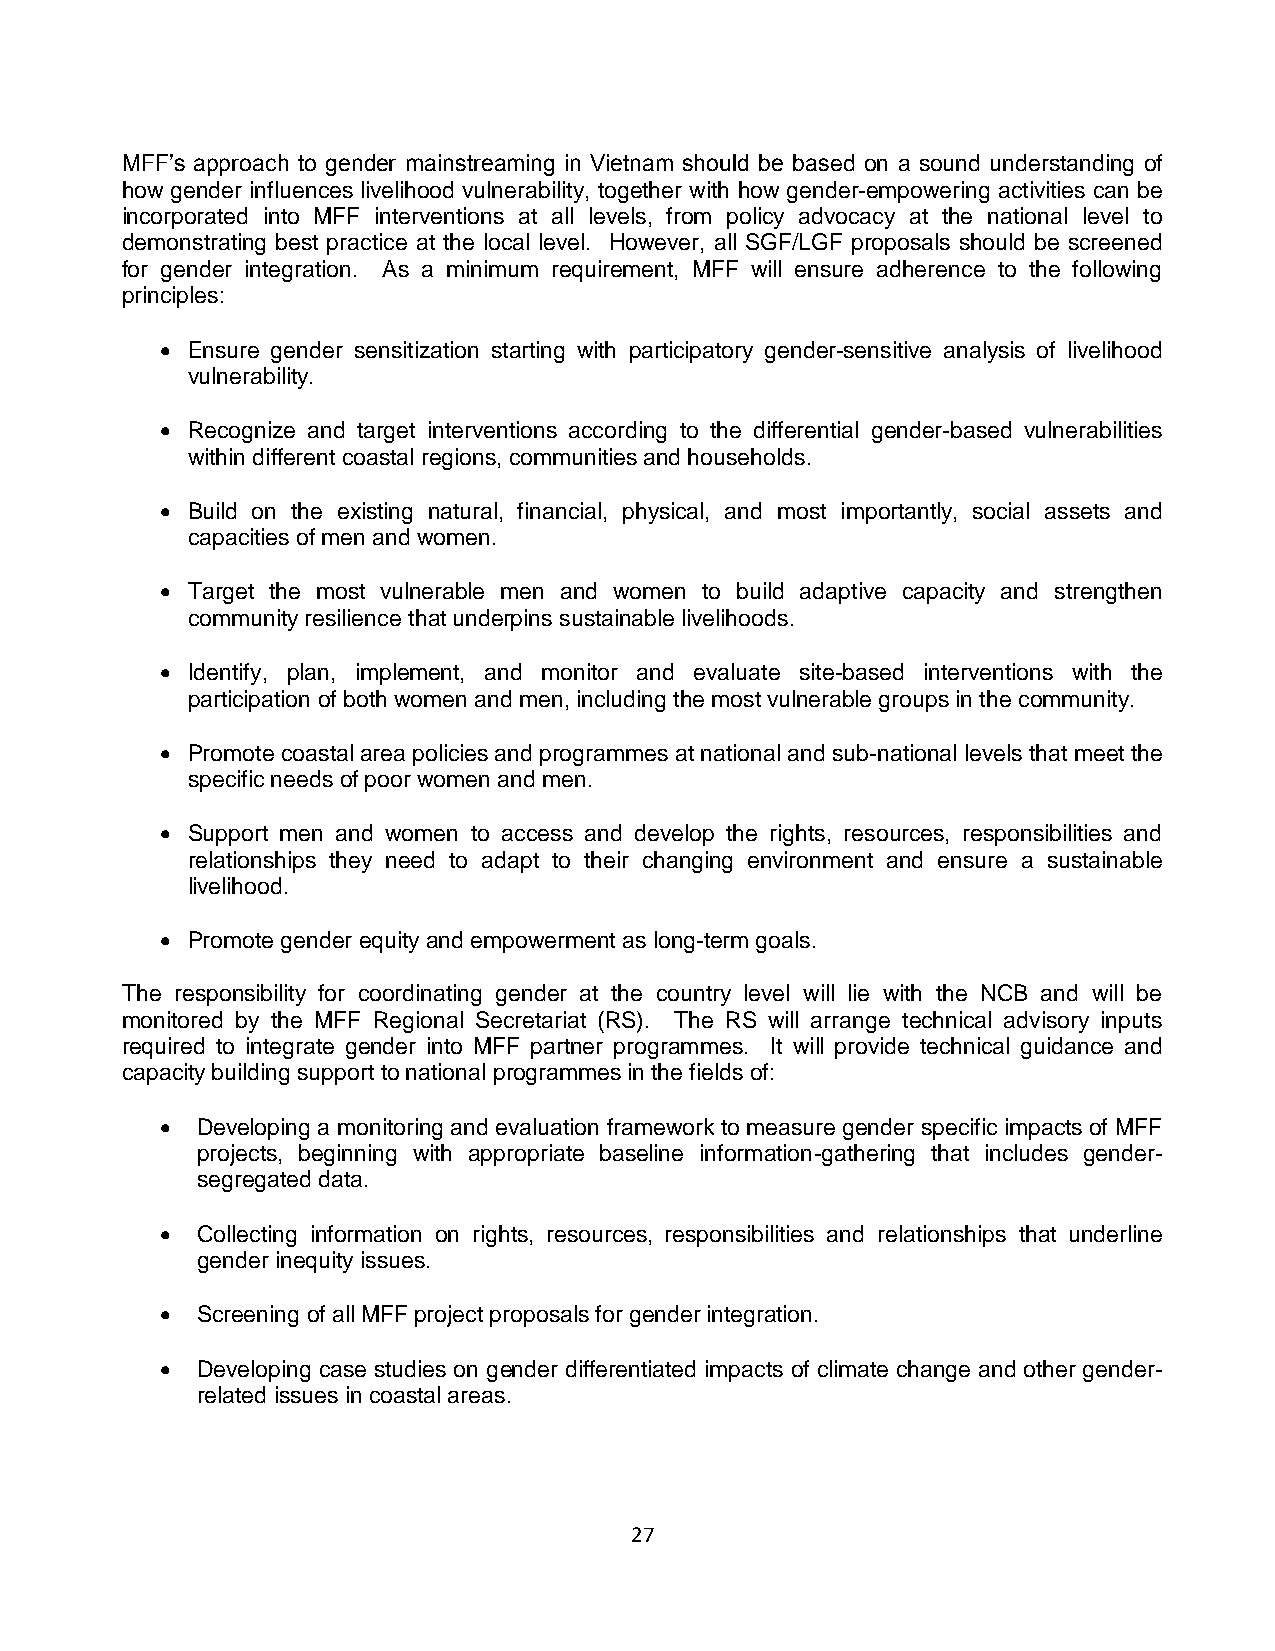
MFF’s approach to gender mainstreaming in Vietnam should be based on a sound understanding of
 how gender influences livelihood vulnerability, together with how gender-empowering activities can be
 incorporated into MFF interventions at all levels, from policy advocacy at the national level to
 demonstrating best practice at the local level. However, all SGF/LGF proposals should be screened
 for gender integration. As a minimum requirement, MFF will ensure adherence to the following
 principles:
  Ensure gender sensitization starting with participatory gender-sensitive analysis of livelihood
 vulnerability.
  Recognize and target interventions according to the differential gender-based vulnerabilities
 within different coastal regions, communities and households.
  Build on the existing natural, financial, physical, and most importantly, social assets and
 capacities of men and women.
  Target the most vulnerable men and women to build adaptive capacity and strengthen
 community resilience that underpins sustainable livelihoods.
  Identify, plan, implement, and monitor and evaluate site-based interventions with the
 participation of both women and men, including the most vulnerable groups in the community.
  Promote coastal area policies and programmes at national and sub-national levels that meet the
 specific needs of poor women and men.
  Support men and women to access and develop the rights, resources, responsibilities and
 relationships they need to adapt to their changing environment and ensure a sustainable
 livelihood.
  Promote gender equity and empowerment as long-term goals.
 The responsibility for coordinating gender at the country level will lie with the NCB and will be
 monitored by the MFF Regional Secretariat (RS). The RS will arrange technical advisory inputs
 required to integrate gender into MFF partner programmes. It will provide technical guidance and
 capacity building support to national programmes in the fields of:
  Developing a monitoring and evaluation framework to measure gender specific impacts of MFF
 projects, beginning with appropriate baseline information-gathering that includes gender-
 segregated data.
  Collecting information on rights, resources, responsibilities and relationships that underline
 gender inequity issues.
  Screening of all MFF project proposals for gender integration.
  Developing case studies on gender differentiated impacts of climate change and other gender-
 related issues in coastal areas.
 27